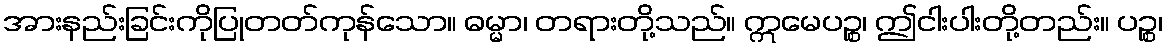
အားနည်းခြင်းကိုပြုတတ်ကုန်သော။ ဓမ္မာ၊ တရားတို့သည်။ ဣမေပဉ္စ၊ ဤငါးပါးတို့တည်း။ ပဉ္စ၊